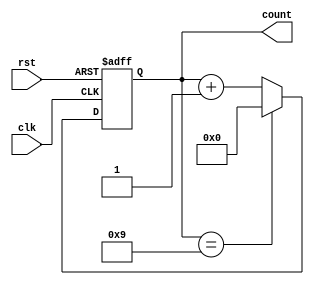
module bcd_counter (
    input wire clk,        // Clock input
    input wire rst,        // Reset input (active-high)
    output reg [3:0] count // 4-bit output for the current count
);

// Always block triggered on the rising edge of the clock or when reset is asserted
always @(posedge clk or posedge rst) begin
    if (rst) begin
        // Asynchronous reset
        count <= 4'b0000; // Reset count to 0
    end else begin
        // Increment the counter
        if (count == 4'b1001) begin
            count <= 4'b0000; // Roll over to 0 after reaching 9
        end else begin
            count <= count + 1; // Increment count
        end
    end
end

endmodule